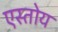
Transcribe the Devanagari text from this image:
एस्तोय